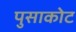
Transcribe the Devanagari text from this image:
पुसाकोट